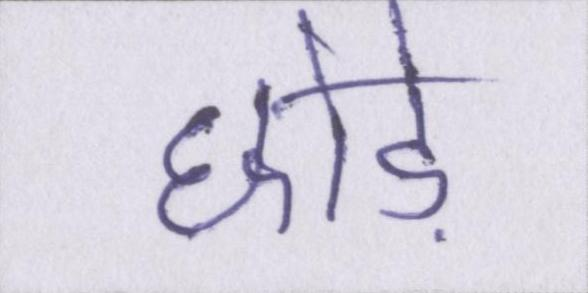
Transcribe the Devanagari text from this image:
छोड़ें